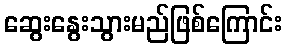
ဆွေးနွေးသွားမည်ဖြစ်ကြောင်း